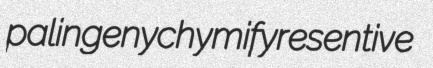
palingeny chymify resentive